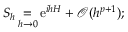
S _ { h } \mathop { = } _ { h \to 0 } \ensuremath { \mathrm { e } } ^ { i h H } + \mathcal { O } ( h ^ { p + 1 } ) ;